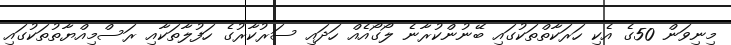
މިނިވަން 50ގެ އެކި ހަރަކާތްތަކުގައި ބޭނުންކުރާނެ ލޯގޯއެއް ހަދައި ސަރުކާރުގެ ހަފުލާތަކާއި ރަސްމިއްޔާތުތަކުގައި